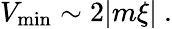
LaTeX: V_{\mathrm{min}}\sim 2|m\xi|\ .